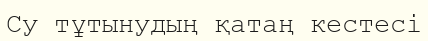
Су тұтынудың қатаң кестесі